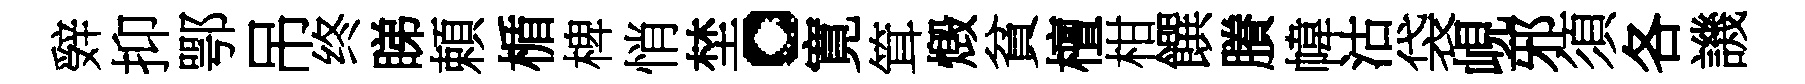
辤抑鄂吊终睇頼楯椑悄埜。寛䇯燬貧檀柑饌賸幃沽袋峴邪須各譏